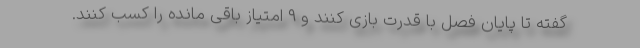
گفته تا پایان فصل با قدرت بازی کنند و ۹ امتیاز باقی مانده را کسب کنند.